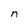
Character: n